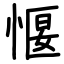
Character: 愝